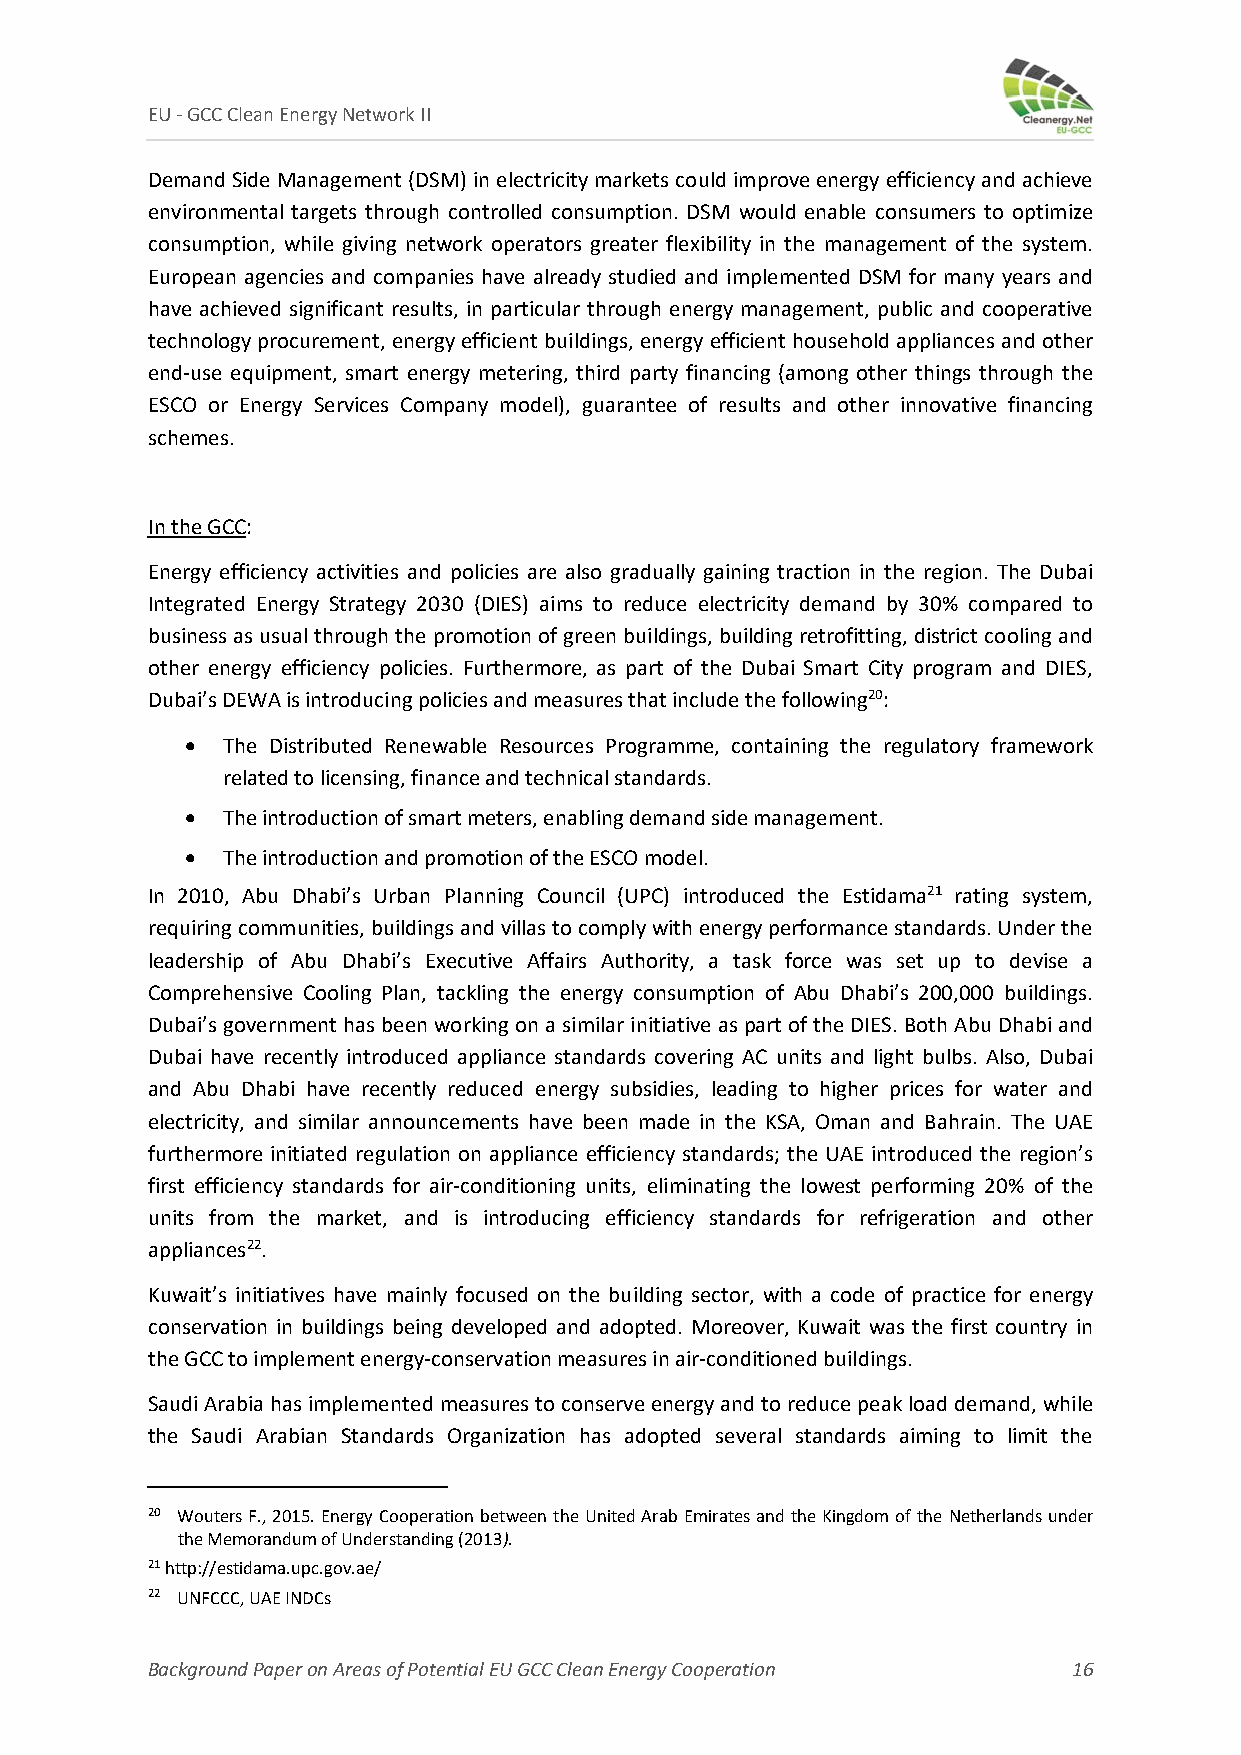
EU ‐ GCC Clean Energy Network II
 Demand Side Management (DSM) in electricity markets could improve energy efficiency and achieve
 environmental targets through controlled consumption. DSM would enable consumers to optimize
 consumption, while giving network operators greater flexibility in the management of the system.
 European agencies and companies have already studied and implemented DSM for many years and
 have achieved significant results, in particular through energy management, public and cooperative
 technology procurement, energy efficient buildings, energy efficient household appliances and other
 end‐use equipment, smart energy metering, third party financing (among other things through the
 ESCO or Energy Services Company model), guarantee of results and other innovative financing
 schemes.
 In the GCC:
 Energy efficiency activities and policies are also gradually gaining traction in the region. The Dubai
 Integrated Energy Strategy 2030 (DIES) aims to reduce electricity demand by 30% compared to
 business as usual through the promotion of green buildings, building retrofitting, district cooling and
 other energy efficiency policies. Furthermore, as part of the Dubai Smart City program and DIES,
 Dubai’s DEWA is introducing policies and measures that include the following20:
   The Distributed Renewable Resources Programme, containing the regulatory framework
 related to licensing, finance and technical standards.
   The introduction of smart meters, enabling demand side management.
   The introduction and promotion of the ESCO model.
 In 2010, Abu Dhabi’s Urban Planning Council (UPC) introduced the Estidama21 rating system,
 requiring communities, buildings and villas to comply with energy performance standards. Under the
 leadership of Abu Dhabi’s Executive Affairs Authority, a task force was set up to devise a
 Comprehensive Cooling Plan, tackling the energy consumption of Abu Dhabi’s 200,000 buildings.
 Dubai’s government has been working on a similar initiative as part of the DIES. Both Abu Dhabi and
 Dubai have recently introduced appliance standards covering AC units and light bulbs. Also, Dubai
 and Abu Dhabi have recently reduced energy subsidies, leading to higher prices for water and
 electricity, and similar announcements have been made in the KSA, Oman and Bahrain. The UAE
 furthermore initiated regulation on appliance efficiency standards; the UAE introduced the region’s
 first efficiency standards for air‐conditioning units, eliminating the lowest performing 20% of the
 units from the market, and is introducing efficiency standards for refrigeration and other
 appliances22.
 Kuwait’s initiatives have mainly focused on the building sector, with a code of practice for energy
 conservation in buildings being developed and adopted. Moreover, Kuwait was the first country in
 the GCC to implement energy‐conservation measures in air‐conditioned buildings.
 Saudi Arabia has implemented measures to conserve energy and to reduce peak load demand, while
 the Saudi Arabian Standards Organization has adopted several standards aiming to limit the
 20 Wouters F., 2015. Energy Cooperation between the United Arab Emirates and the Kingdom of the Netherlands under
 the Memorandum of Understanding (2013).
 21 http://estidama.upc.gov.ae/
 22 UNFCCC, UAE INDCs
 Background Paper on Areas of Potential EU GCC Clean Energy Cooperation 16